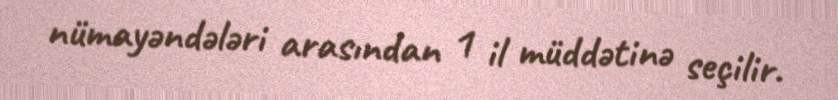
nümayəndələri arasından 1 il müddətinə seçilir.